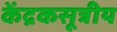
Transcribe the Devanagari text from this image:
केंद्रकसूत्रीय